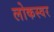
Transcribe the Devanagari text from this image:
लोकस्वर